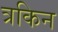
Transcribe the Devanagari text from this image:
त्रकिन